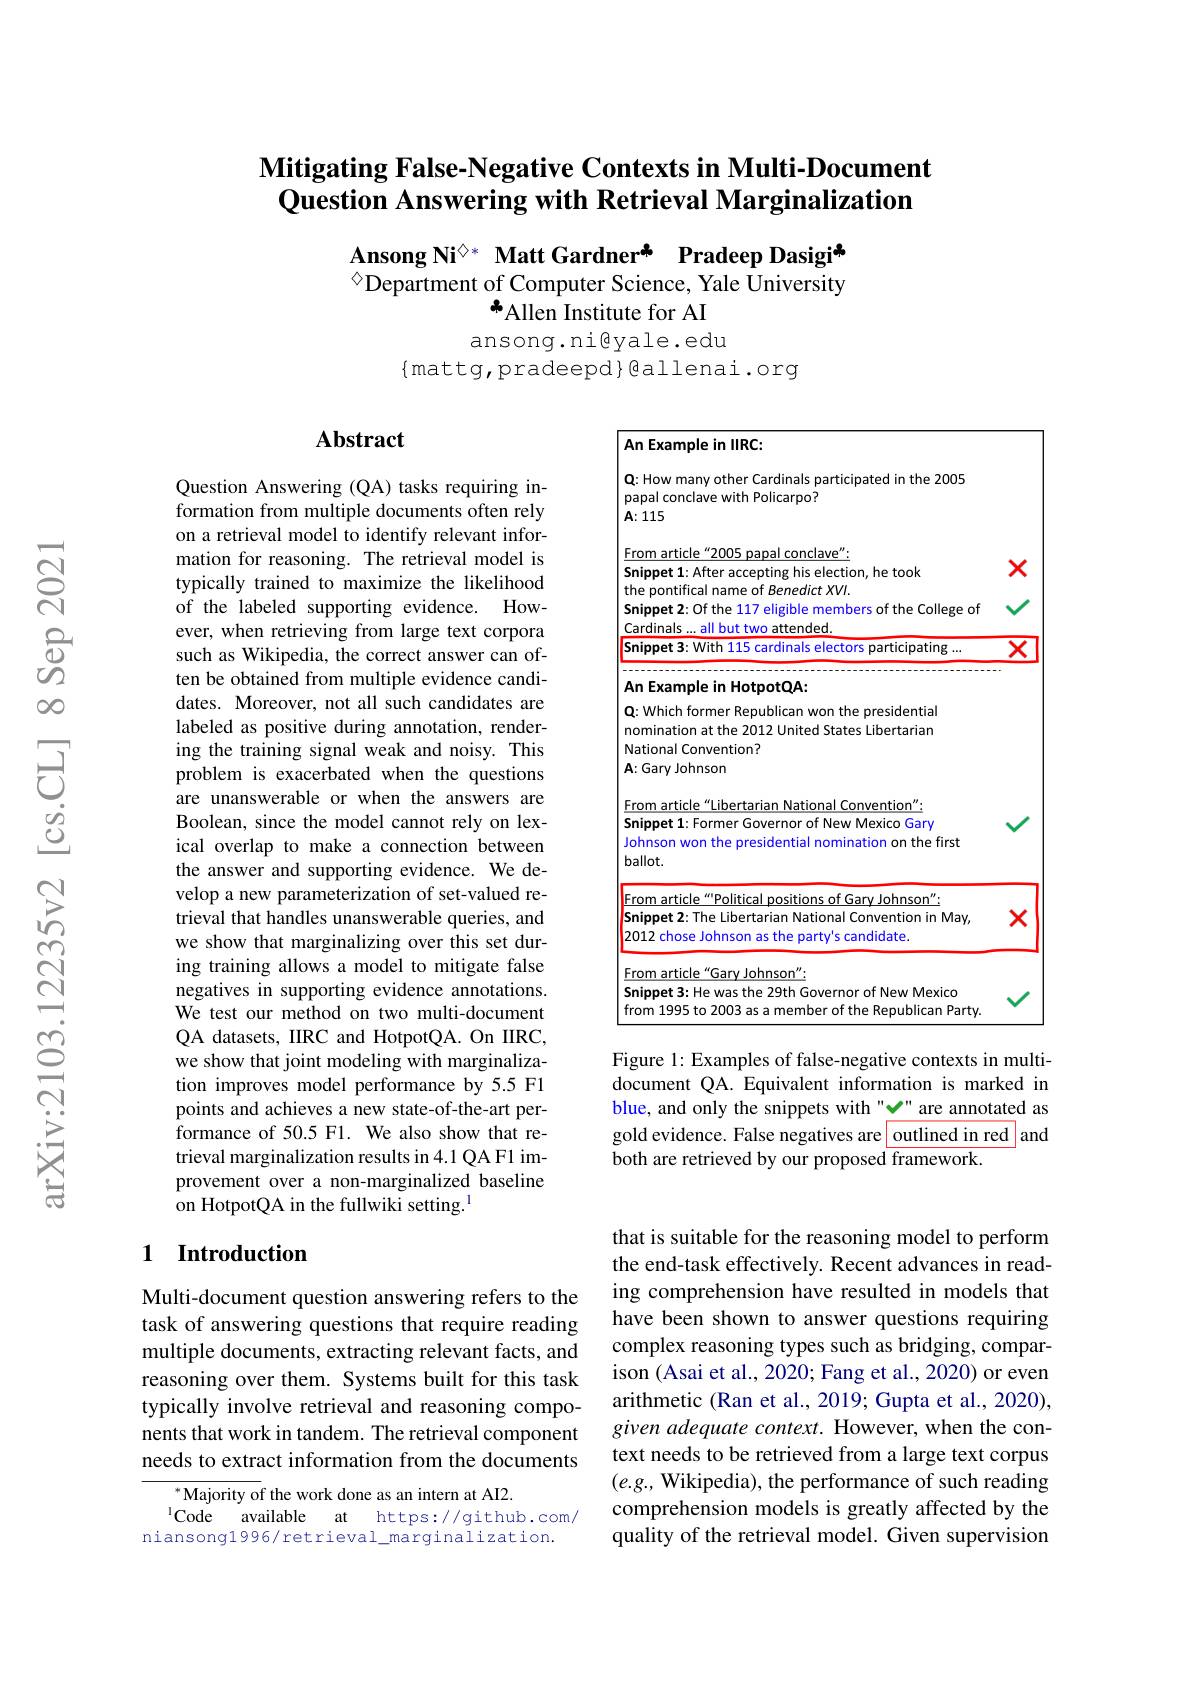
## Mitigating False-Negative Contexts in Multi-Document Question Answering with Retrieval Marginalization

# Ansong Ni$^{\Diamond*}$ Matt Gardnerå Pradeep Dasigi* $^{\textcircled{\circ}}$Department of Computer Science, Yale University Allen Institute for AI ansong.ni@yale.edu

$\{$mattg,pradeepd$\}$@allenai.org

## Abstract

<table>
	<tbody>
		<tr>
			<td>$F$</td>
			<td>An Example in IIRC</td>
			<td>cample in llRC: </td>
		</tr>
		<tr>
			<td>$p$</td>
			<td>Q: How many other Cardinals participated in the 2005 papal conclave with Policarpo?</td>
			<td>w many other Cardinals participated in the 2005 conclave with Policarpo?</td>
		</tr>
		<tr>
			<td>$A$</td>
			<td>$\mathbf{A}:115$</td>
			<td> </td>
		</tr>
		<tr>
			<td>$F$</td>
			<td>From article“2005 papal conclave”:</td>
			<td>article“2005 papal conclave”:</td>
		</tr>
		<tr>
			<td>$A$</td>
			<td>An Example in HotpotQA:</td>
			<td>cample in HotpotQA:</td>
		</tr>
		<tr>
			<td>$\textbf{C}$ n</td>
			<td>Q: Which former Republican won the presidential nomination at the 2012 United States Libertarian</td>
			<td>ich former Republican won the presidential nation at the 2012 United States Libertarian</td>
		</tr>
		<tr>
			<td>S Ji $b$</td>
			<td>Snippet 1: Former Governor of New Mexico Gary Johnson won the presidential nomination on the first ballot.</td>
			<td>et 1: Former Governor of New Mexico Gary on won the presidential nomination on the first</td>
		</tr>
		<tr>
			<td>$S$ 2</td>
			<td>Snippet 2: The Libertarian National Convention in May, 2012 chose Johnson as the party's candidate</td>
			<td>et 2: The Libertarian National Convention in May, chose Johnson as the party's candidate.</td>
		</tr>
		<tr>
			<td>$F$</td>
			<td>From article“Gary Johnson"</td>
			<td>article“Gary Johnson":</td>
		</tr>
		<tr>
			<td>S $f_{1}$</td>
			<td>Snippet 3: He was the 29th Governor of New Mexico from 1995 t tn 200 2 Republican Partv</td>
			<td>et3: He was the 29th Governor of New Mexico 1995 to 2003 as a member of the Republican Party</td>
		</tr>
	</tbody>
</table>

Question Answering (QA) tasks requiring information from multiple documents often rely on a retrieval model to identify relevant information for reasoning. The retrieval model is typically trained to maximize the likelihood of the labeled supporting evidence. However, when retrieving from large text corpora such as Wikipedia, the correct answer can often be obtained from multiple evidence candidates. Moreover, not all such candidates are labeled as positive during annotation, rendering the training signal weak and noisy. This problem is exacerbated when the questions are unanswerable or when the answers are Boolean, since the model cannot rely on lexical overlap to make a connection between the answer and supporting evidence. We develop a new parameterization of set-valued retrieval that handles unanswerable queries, and we show that marginalizing over this set during training allows a model to mitigate false negatives in supporting evidence annotations. We test our method on two multi-document QA datasets, IIRC and HotpotQA. On IIRC, we show that joint modeling with marginalization improves model performance by 5.5 F1 points and achieves a new state-of-the-art performance of 50.5 F1. We also show that retrieval marginalization results in 4.1 QA F1 improvement over a non-marginalized baseline on HotpotQA in the fullwiki setting.$^{1}$

Figure 1: Examples of false-negative contexts in multidocument QA. Equivalent information is marked in blue, and only the snippets with "" are annotated as gold evidence. False negatives are outlined in red and both are retrieved by our proposed framework.

### 1 $\textbf{Introduction}$

Multi-document question answering refers to the task of answering questions that require reading multiple documents, extracting relevant facts, and reasoning over them. Systems built for this task typically involve retrieval and reasoning components that work in tandem. The retrieval component needs to extract information from the documents

that is suitable for the reasoning model to perform the end-task effectively. Recent advances in reading comprehension have resulted in models that have been shown to answer questions requiring complex reasoning types such as bridging, comparison (Asai et al., 2020; Fang et al., 2020) or even arithmetic (Ran et al., 2019; Gupta et al., 2020), given adequate context. However, when the context needs to be retrieved from a large text corpus $(e.g.$, Wikipedia), the performance of such reading comprehension models is greatly affected by the quality of the retrieval model. Given supervision

$^*$Majority of the work done as an intern at AI2.
$^{\mathrm{l}}$Code available at https://github.com/
niansong1996/retrieval\_marginalization.